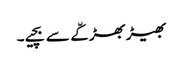
بھیڑ بھڑکّے سے بچیے۔